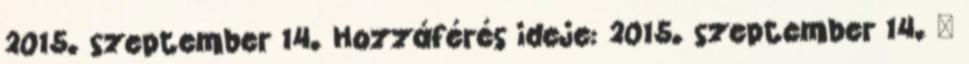
2015. szeptember 14. Hozzáférés ideje: 2015. szeptember 14. ↑